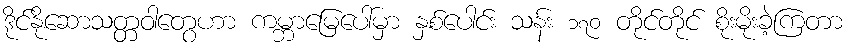
ဒိုင်နိုဆောသတ္တဝါတွေဟာ ကမ္ဘာမြေပေါ်မှာ နှစ်ပေါင်း သန်း ၁၇၀ တိုင်တိုင် စိုးမိုးခဲ့ကြတာ